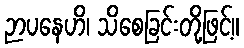
ဉာပနေဟိ၊ သိစေခြင်းတို့ဖြင့်။